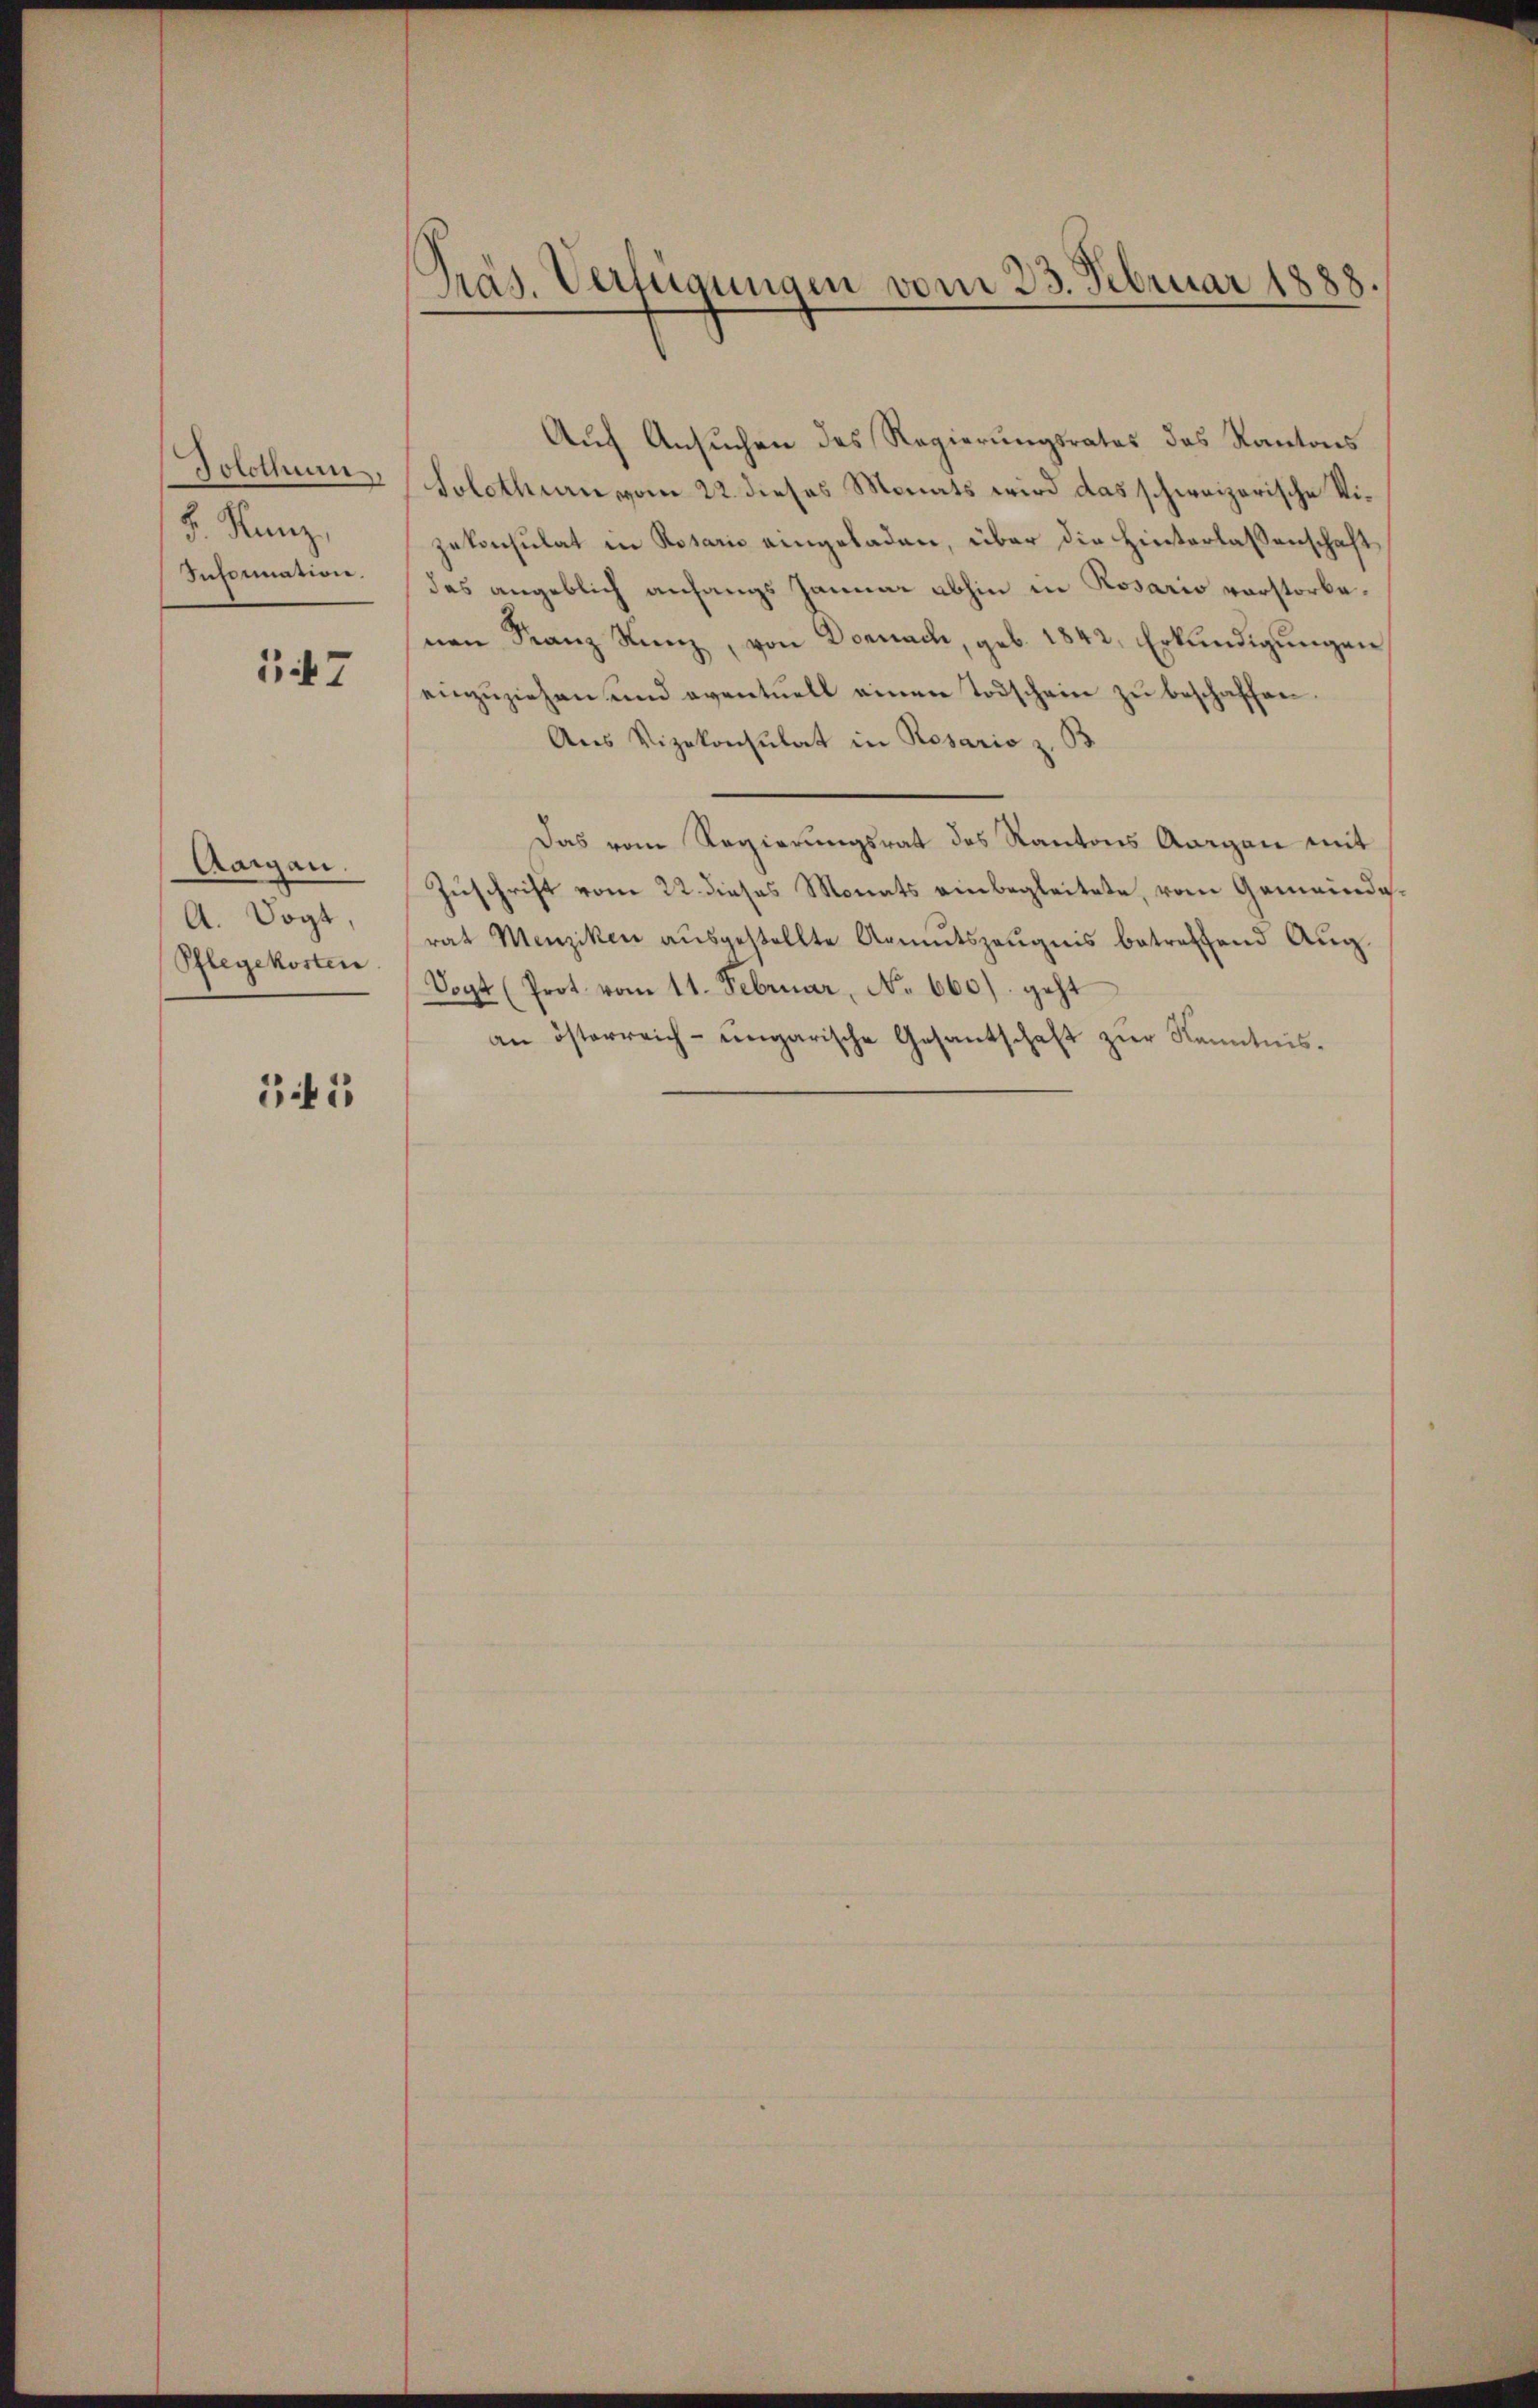
Solothum.
F. Kunz,
Information.

147

Aargau.
A. Vogt,
Pflegekosten

341

PPräs. Verfügungen vom 23. Februar 1888.

Auf Ansuchen des Regierungsrates das Kantons
Solothurn vom 22. dieses Monats wird das schweizerische Vizekonsulat in Rosaris eingeladen, über die Hinterlassenschaft
des angeblich anfangs Januar abhin in Rosario vorstorbenen Franz Kunz, von Dornach, geb. 1842, Erkundigungen
einzŭziehen und eventuell einen Todschein zŭ beschaffen.
Aus Vizekonsulat in Resario z. B
Das vom Regierungsrat des Kantons Aargau mit
Zuschrift vom 22. dieses Monats einbegleitete, vom Gemeinderat Menziken aŭsgestellte Armutszeŭgnis betreffend Aŭg.
Vogt (Prot. vom 11. Februar, No 660) geht
an österreich-ungarische Gesantschaft zŭr Kenntnis.